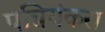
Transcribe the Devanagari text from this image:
पन्नियंकरा